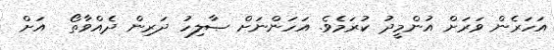
އަހަރެން ވަރަށް އުންމީދު ކުރަމެވެ. އަހަންނަށް ޞާލިހު ދަރިން ދެއްވާތޯ  އަށް